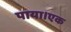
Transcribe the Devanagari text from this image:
पाया।एक